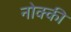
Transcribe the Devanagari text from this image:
नोक्की